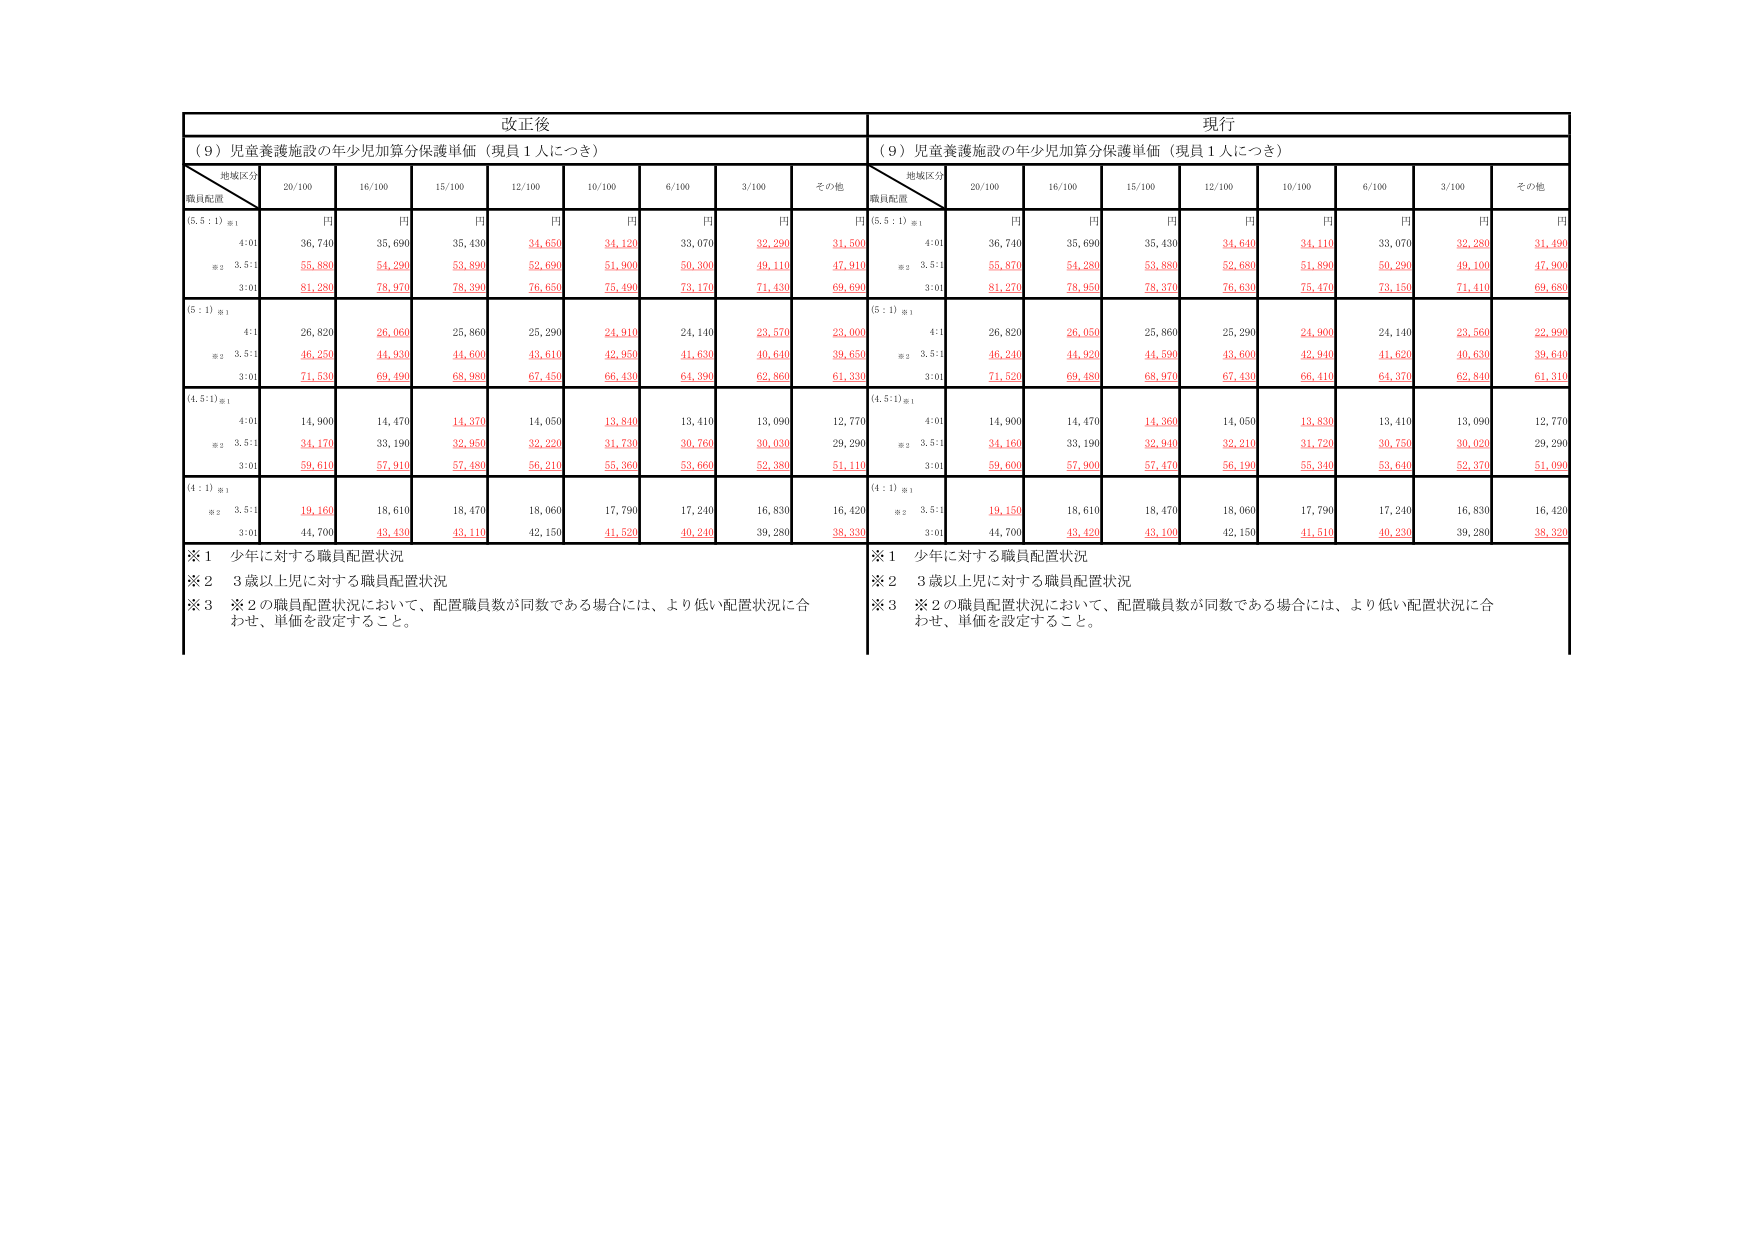
改正後
（９）児童養護施設の年少児加算分保護単価（現員１人につき）
地域区分
職員配置
20/100
16/100
15/100
12/100
10/100
6/100
3/100
その他
円
円
円
円
円
円
円
円
（5.5：1）※1
4:01
36,740
35,690
35,430
34,650
34,120
33,070
32,290
31,500
※2 3.5:1
55,880
54,290
53,890
52,690
51,900
50,300
49,110
47,910
3:01
81,280
78,970
78,390
76,650
75,490
73,170
71,430
69,690
（5：1）※1
4:1
26,820
26,060
25,860
25,290
24,910
24,140
23,570
23,000
※2 3.5:1
46,250
44,930
44,600
43,610
42,950
41,630
40,640
39,650
3:01
71,530
69,490
68,980
67,450
66,430
64,390
62,860
61,330
（4.5:1）※1
4:01
14,900
14,470
14,370
14,050
13,840
13,410
13,090
12,770
※2 3.5:1
34,170
33,190
32,950
32,220
31,730
30,760
30,030
29,290
3:01
59,610
57,910
57,480
56,210
55,360
53,660
52,380
51,110
（4：1）※1
※2 3.5:1
19,160
18,610
18,470
18,060
17,790
17,240
16,830
16,420
3:01
44,700
43,430
43,110
42,150
41,520
40,240
39,280
38,330
※1 少年に対する職員配置状況
※2 3歳以上児に対する職員配置状況
※3 ※2の職員配置状況において、配置職員数が同数である場合には、より低い配置状況に合わせ、単価を設定すること。
現行
（９）児童養護施設の年少児加算分保護単価（現員１人につき）
地域区分
職員配置
20/100
16/100
15/100
12/100
10/100
6/100
3/100
その他
円
円
円
円
円
円
円
円
（5.5：1）※1
4:01
36,740
35,690
35,430
34,640
34,110
33,070
32,280
31,490
※2 3.5:1
55,870
54,280
53,880
52,680
51,890
50,290
49,100
47,900
3:01
81,270
78,950
78,370
76,630
75,470
73,150
71,410
69,680
（5：1）※1
4:1
26,820
26,050
25,860
25,290
24,900
24,140
23,560
22,990
※2 3.5:1
46,240
44,920
44,590
43,600
42,940
41,620
40,630
39,640
3:01
71,520
69,480
68,970
67,430
66,410
64,370
62,840
61,310
（4.5:1）※1
4:01
14,900
14,470
14,360
14,050
13,830
13,410
13,090
12,770
※2 3.5:1
34,160
33,190
32,940
32,210
31,720
30,750
30,020
29,290
3:01
59,600
57,900
57,470
56,190
55,340
53,640
52,370
51,090
（4：1）※1
※2 3.5:1
19,150
18,610
18,470
18,060
17,790
17,240
16,830
16,420
3:01
44,700
43,420
43,100
42,150
41,510
40,230
39,280
38,320
※1 少年に対する職員配置状況
※2 3歳以上児に対する職員配置状況
※3 ※2の職員配置状況において、配置職員数が同数である場合には、より低い配置状況に合わせ、単価を設定すること。